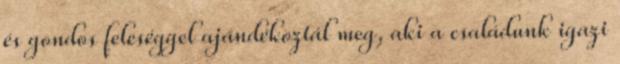
és gondos feleséggel ajándékoztál meg, aki a családunk igazi